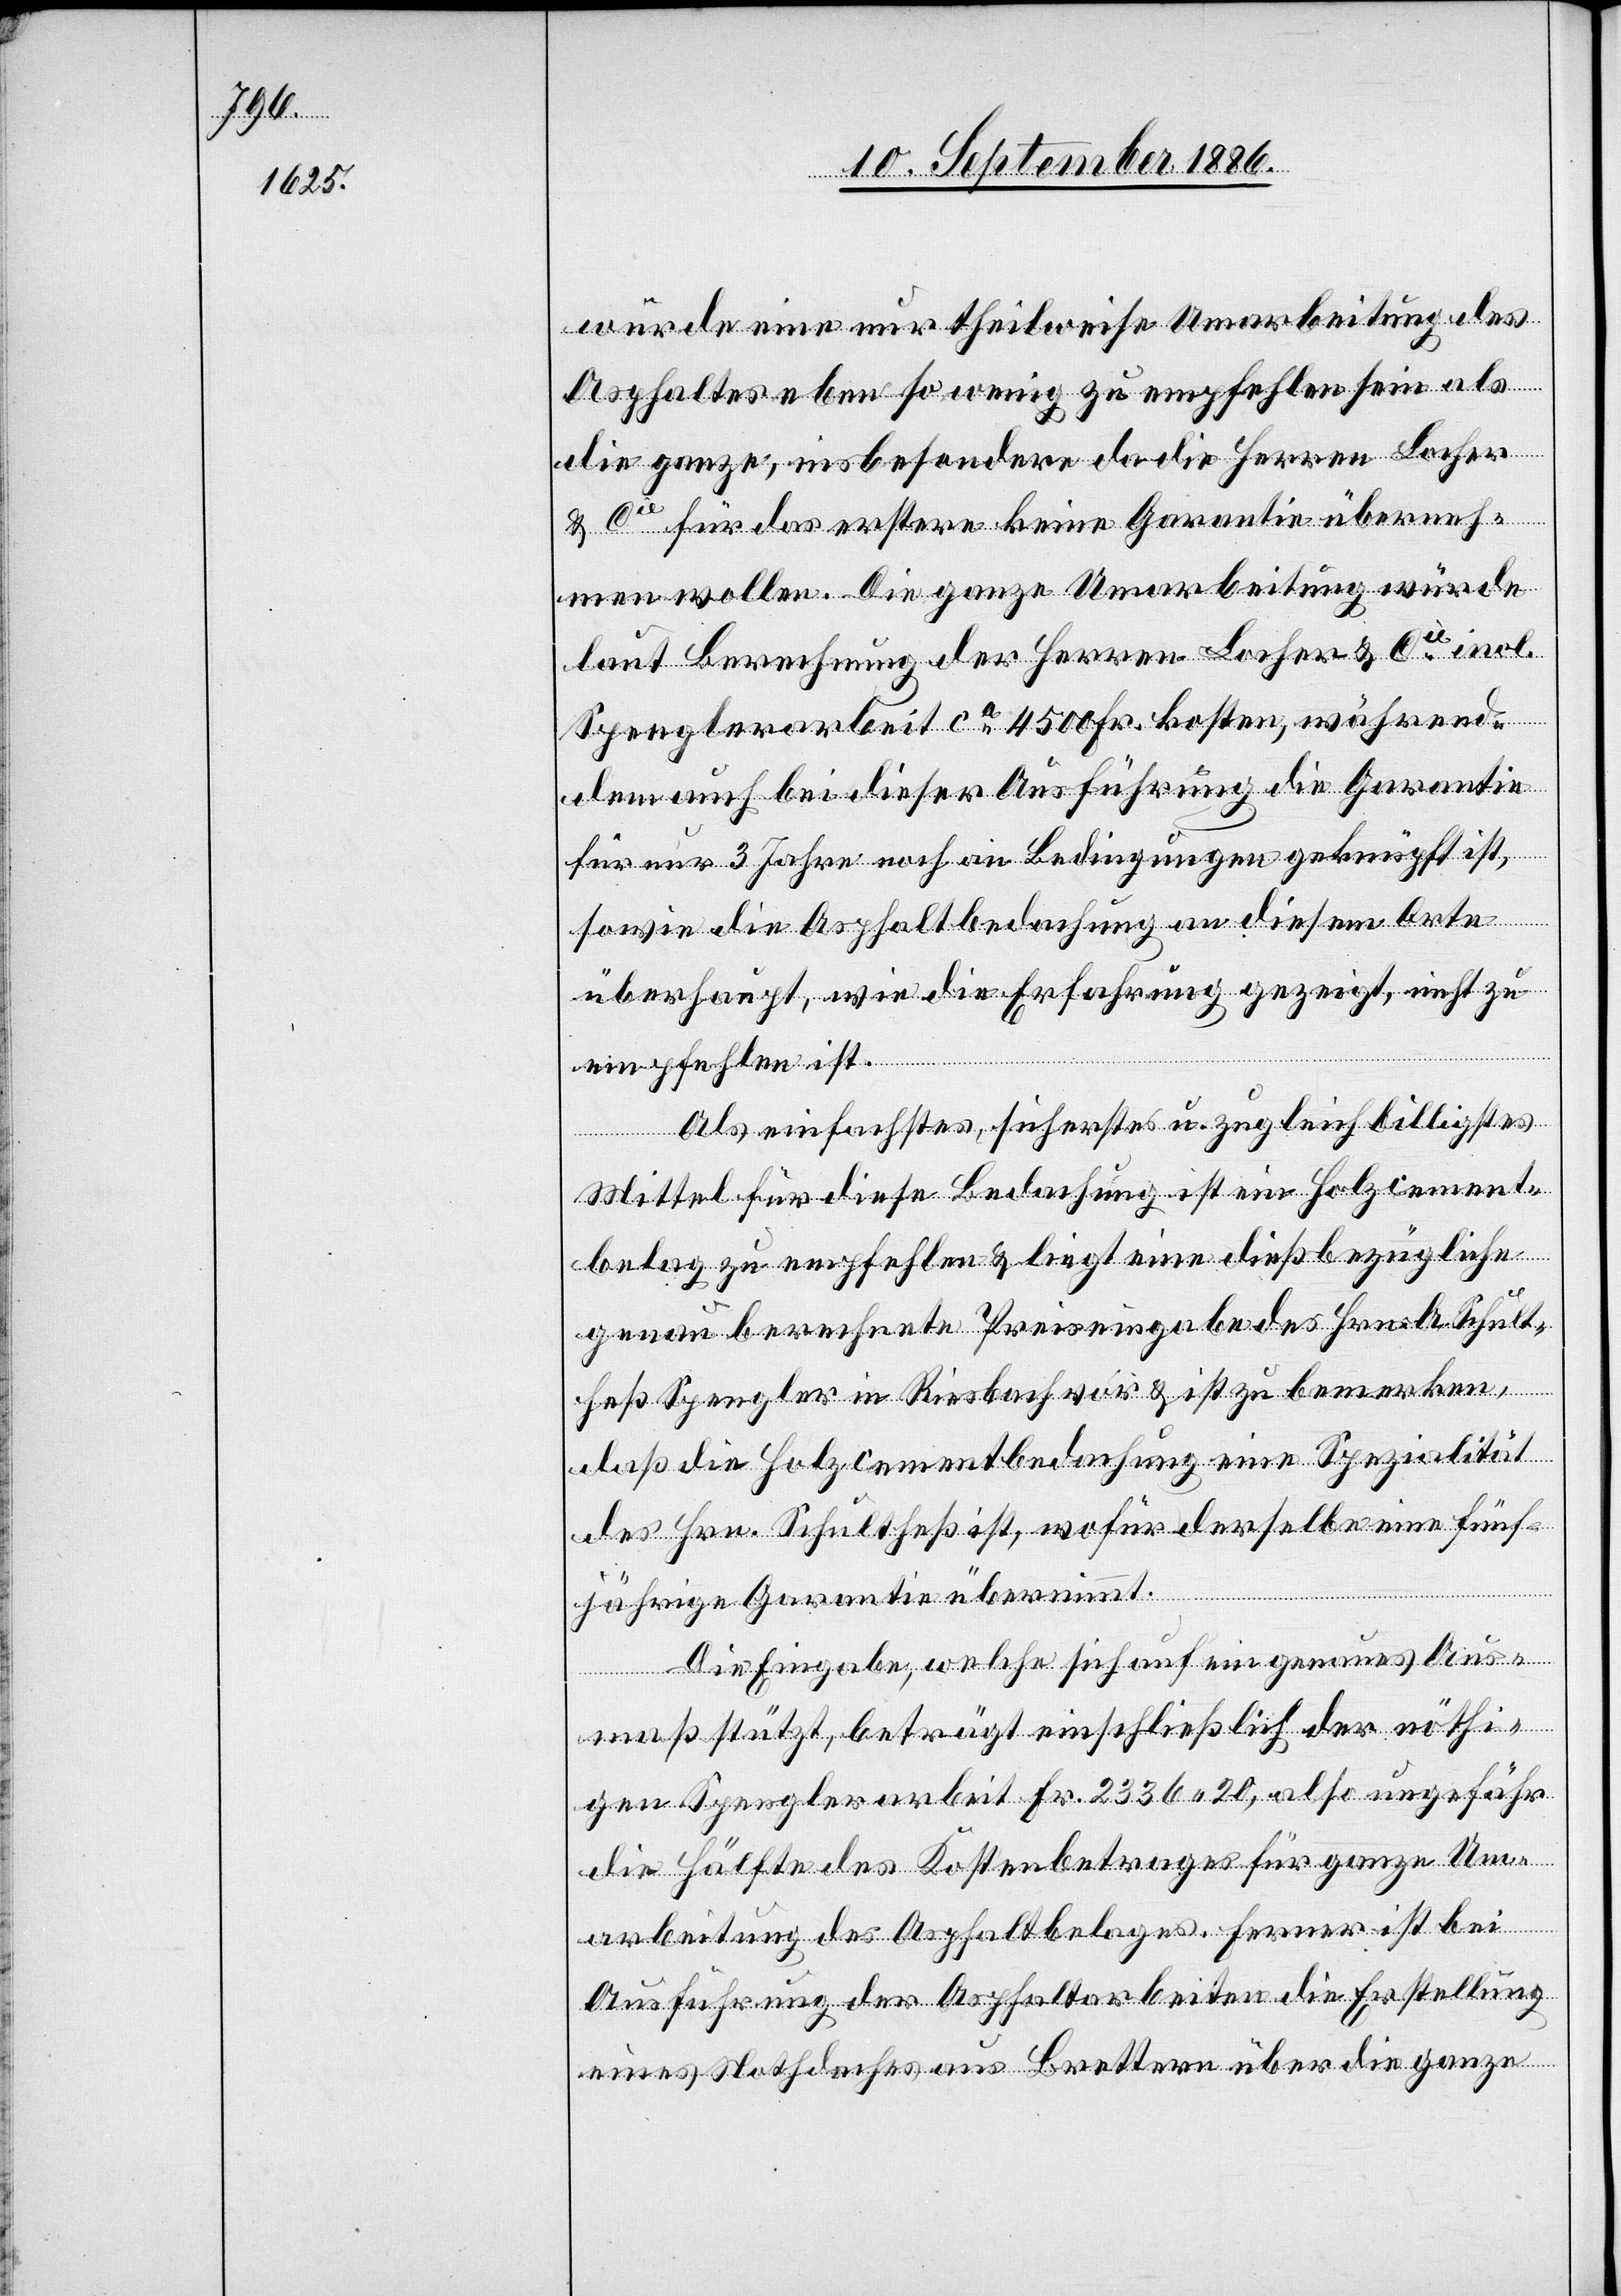
würde eine nur theilweise Umarbeitung des
Asphaltes eben so wenig zu empfehlen sein als
die ganze, insbesondere da die Herren Locher
& Cie für das erstere keine Garantie überneh¬
men wollen. Die ganze Umarbeitung würde
laut Berechnung der Herren Locher & Cie incl.
Spenglerarbeit ca 4500 Fr. kosten, während¬
dem auch bei dieser Ausführung die Garantie
für nur 3 Jahre noch an Bedingungen geknüpft ist,
sowie die Asphaltbedachung an diesem Orte
überhaupt, wie die Erfahrung gezeigt, nicht zu
empfehlen ist.
Als einfachstes, sicherstes u. zugleich billigstes
Mittel für diese Bedachung ist ein Holzcement¬
belag zu empfehlen & liegt eine dieß bezügliche
genau berechnete Preiseingabe des Hrn. Schult¬
heß Spengler in Riesbach vor & ist zu bemerken,
daß die Holzcementbedachung eine Spezialität
des Hrn. Schultheß ist, wofür derselbe eine fünf¬
jährige Garantie übernimmt.
Die Eingabe, welche sich auf ein genaues Aus¬
maß stützt, beträgt einschließlich der nöthi¬
gen Spenglerarbeit Fr. 2336 20, also ungefähr
die Hälfte des Kostenbetrages für ganze Um¬
arbeitung des Asphaltbelages. Ferner ist bei
Ausführung der Asphaltarbeiten die Erstellung
eines Nothdaches aus Brettern über die ganze